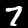
Digit: 7